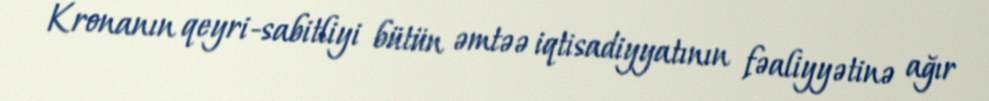
Kronanın qeyri-sabitliyi bütün əmtəə iqtisadiyyatının fəaliyyətinə ağır